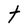
Character: t